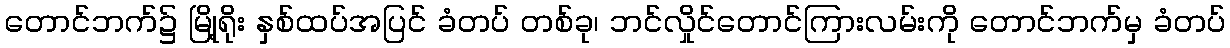
တောင်ဘက်၌ မြို့ရိုး နှစ်ထပ်အပြင် ခံတပ် တစ်ခု၊ ဘင်လှိုင်တောင်ကြားလမ်းကို တောင်ဘက်မှ ခံတပ်